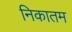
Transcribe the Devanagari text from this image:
निकातम